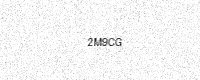
Text: 2M9CG